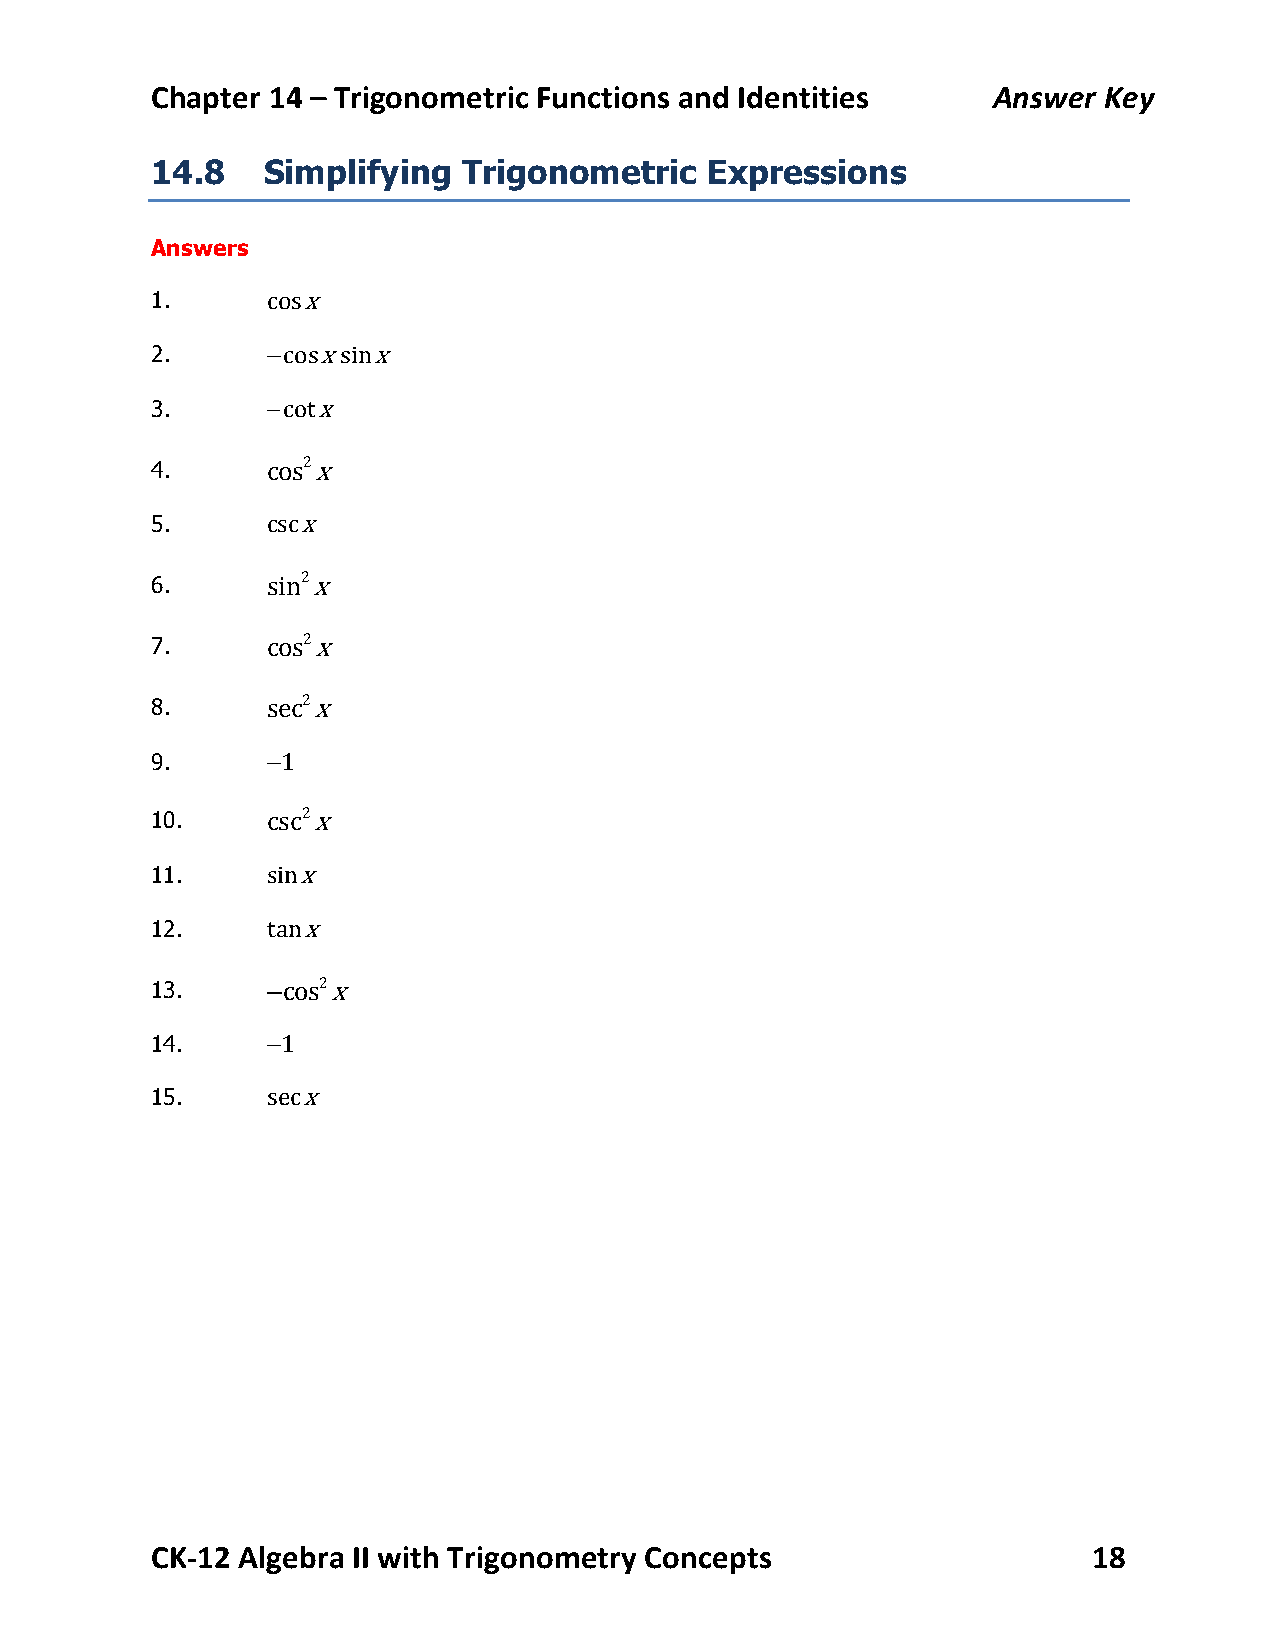
Chapter 14 – Trigonometric Functions and Identities     Answer Key
 14.8   Simplifying   Trigonometric   Expressions
 Answers
 1.      cosx
 2.      −cosxsinx
 3.      −cotx
 4.      cos2x
 5.      cscx
 6.      sin2x
 7.      cos2x
 8.      sec2x
 9.      −1
 10.     csc2x
 11.     sinx
 12.     tanx
 13.     −cos2x
 14.     −1
 15.     secx
 CK-­‐12 Algebra II with Trigonometry Concepts                 18